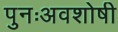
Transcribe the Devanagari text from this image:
पुनःअवशोषी